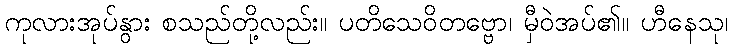
ကုလားအုပ်နွား စသည်တို့လည်း။ ပတိသေဝိတဗ္ဗော၊ မှီဝဲအပ်၏။ ဟီနေသု၊